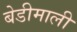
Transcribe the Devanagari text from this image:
बेडीमाली